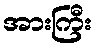
အားကြီး